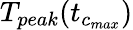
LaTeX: T_{peak}(t_{c_{max}})